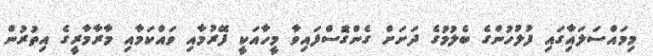
މިމައްސަލައިާގައި ފުލުހުންގެ ބެލުމުގެ ދަށަށް ގެންގޮެސްފައިވާ މީހާއަކީ ފޭރުމާއި ވައްކަމާއި މާރާމާރީގެ އިތުރުން